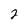
Character: 2